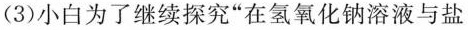
(3)小白为了继续探究“在氢氧化钠溶液与盐